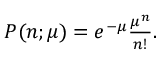
\begin{array} { r } { P ( n ; \mu ) = e ^ { - \mu } \frac { \mu ^ { n } } { n ! } . } \end{array}